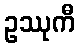
ဥဿုကီ